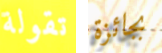
تقولة بجائزة